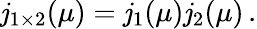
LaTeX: \mathit{j}_{1\times2}(\mu)=\mathit{j}_{1}(\mu)\mathit{j}_{2}(\mu)\, .